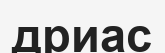
дриас